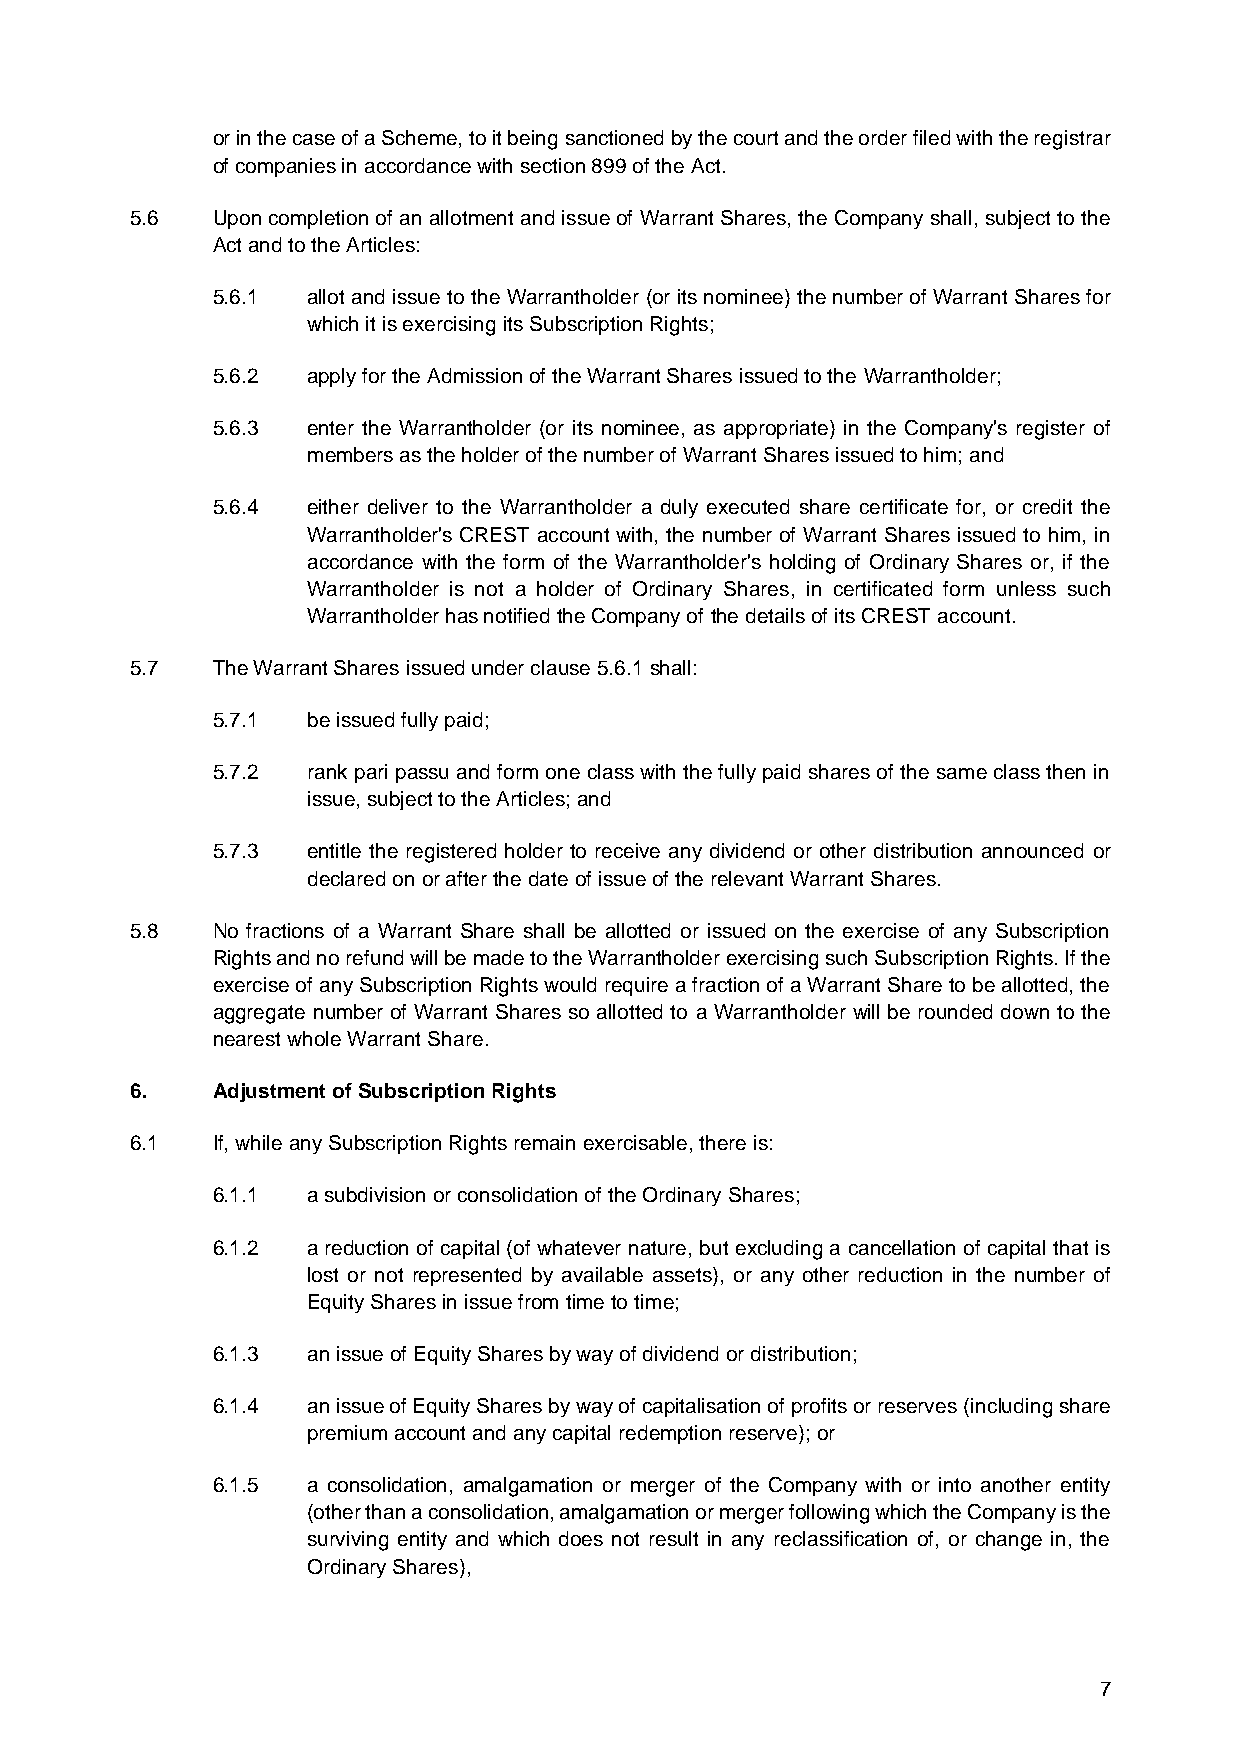
or in the case of a Scheme, to it being sanctioned by the court and the order filed with the registrar
 of companies in accordance with section 899 of the Act.
 5.6  Upon completion of an allotment and issue of Warrant Shares, the Company shall, subject to the
 Act and to the Articles:
 5.6.1 allot and issue to the Warrantholder (or its nominee) the number of Warrant Shares for
 which it is exercising its Subscription Rights;
 5.6.2 apply for the Admission of the Warrant Shares issued to the Warrantholder;
 5.6.3 enter the Warrantholder (or its nominee, as appropriate) in the Company's register of
 members as the holder of the number of Warrant Shares issued to him; and
 5.6.4 either deliver to the Warrantholder a duly executed share certificate for, or credit the
 Warrantholder's CREST account with, the number of Warrant Shares issued to him, in
 accordance with the form of the Warrantholder's holding of Ordinary Shares or, if the
 Warrantholder is not a holder of Ordinary Shares, in certificated form unless such
 Warrantholder has notified the Company of the details of its CREST account.
 5.7  The Warrant Shares issued under clause 5.6.1 shall:
 5.7.1 be issued fully paid;
 5.7.2 rank pari passu and form one class with the fully paid shares of the same class then in
 issue, subject to the Articles; and
 5.7.3 entitle the registered holder to receive any dividend or other distribution announced or
 declared on or after the date of issue of the relevant Warrant Shares.
 5.8  No fractions of a Warrant Share shall be allotted or issued on the exercise of any Subscription
 Rights and no refund will be made to the Warrantholder exercising such Subscription Rights. If the
 exercise of any Subscription Rights would require a fraction of a Warrant Share to be allotted, the
 aggregate number of Warrant Shares so allotted to a Warrantholder will be rounded down to the
 nearest whole Warrant Share.
 6.   Adjustment of Subscription Rights
 6.1  If, while any Subscription Rights remain exercisable, there is:
 6.1.1 a subdivision or consolidation of the Ordinary Shares;
 6.1.2 a reduction of capital (of whatever nature, but excluding a cancellation of capital that is
 lost or not represented by available assets), or any other reduction in the number of
 Equity Shares in issue from time to time;
 6.1.3 an issue of Equity Shares by way of dividend or distribution;
 6.1.4 an issue of Equity Shares by way of capitalisation of profits or reserves (including share
 premium account and any capital redemption reserve); or
 6.1.5 a consolidation, amalgamation or merger of the Company with or into another entity
 (other than a consolidation, amalgamation or merger following which the Company is the
 surviving entity and which does not result in any reclassification of, or change in, the
 Ordinary Shares),
 7